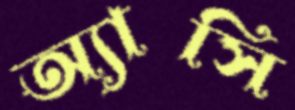
অ্যাসি